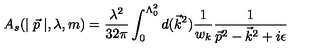
A _ { s } ( \mid \vec { p } \mid , \lambda , m ) = \frac { \lambda ^ { 2 } } { 3 2 \pi } \int _ { 0 } ^ { \Lambda _ { 0 } ^ { 2 } } d ( \vec { k } ^ { 2 } ) \frac 1 { w _ { k } } \frac 1 { \vec { p } ^ { 2 } - \vec { k } ^ { 2 } + i \epsilon }